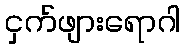
ငှက်ဖျားရောဂါ